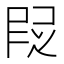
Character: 𬻷